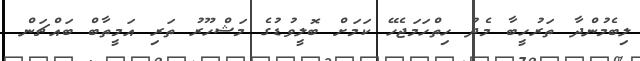
ލިބެމުންދާ ތަރުހީބާ މެދު ހިތްހަމަޖެހޭ ކަމަށް ބޮލީވުޑުގެ މަޝްހޫރު ތަރި އަމީތާބް ބައްޗަން